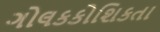
ગોલકકોશિકતા